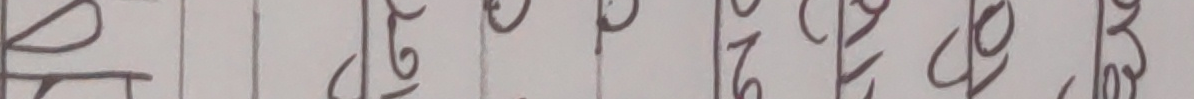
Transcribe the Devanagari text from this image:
को